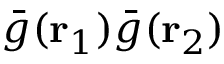
\bar { g } ( { \mathbf { r } _ { 1 } } ) \bar { g } ( { \mathbf { r } _ { 2 } } )